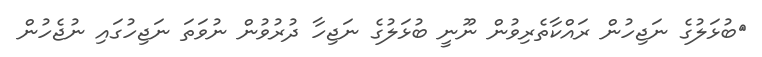
ބުޅަލުގެ ނަޖިހުން ރައްކާތެރިވުން ނޫނީ ބުޅަލުގެ ނަޖިހާ ދުރުވުން ނުވަތަ ނަޖިހުގައި ނުޖެހުން